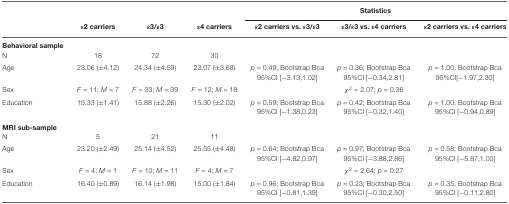
|  |  |  |  | <COLSPAN=3> Statistics |
 |  | ε2 carriers | ε3/ε3 | ε4 carriers | ε2 carriers vs. ε3/ε3 | ε3/ε3 vs. ε4 carriers | ε2 carriers vs. ε4 carriers |
 | --- | --- | --- | --- | --- | --- | --- |
 | Behavioral sample |
 | N | 18 | 72 | 30 |
 | Age | 23.06 (±4.12) | 24.34 (±4.59) | 23.07 (±3.68) | p = 0.49; Bootstrap Bca 95%CI [−3.13,1.02] | p = 0.36; Bootstrap Bca 95%CI [−0.34,2.81] | p = 1.00; Bootstrap Bca 95%CI[−1.97,2.30] |
 | Sex | F = 11; M = 7 | F = 33; M = 39 | F = 12; M = 18 |  | χ2 = 2.07; p = 0.36 |  |
 | Education | 15.33 (±1.41) | 15.88 (±2.26) | 15.30 (±2.02) | p = 0.59; Bootstrap Bca 95%CI [−1.38,0.23] | p = 0.42; Bootstrap Bca 95%CI [−0.32,1.40 | p = 1.00; Bootstrap Bca 95%CI [−0.94,0.89] |
 | MRI sub-sample |
 | N | 5 | 21 | 11 |
 | Age | 23.20 (±2.49) | 25.14 (±4.52) | 25.55 (±4.48) | p = 0.64; Bootstrap Bca 95%CI [−4.82,0.97] | p = 0.97; Bootstrap Bca 95%CI [−3.88,2.86] | p = 0.58; Bootstrap Bca 95%CI [−5.87,1.00] |
 | Sex | F = 4; M = 1 | F = 10; M = 11 | F = 4; M = 7 |  | χ2 = 2.64; p = 0.27 |  |
 | Education | 16.40 (±0.89) | 16.14 (±1.98) | 15.00 (±1.84) | p = 0.96; Bootstrap Bca 95%CI [−0.81,1.39] | p = 0.23; Bootstrap Bca 95%CI [−0.30,2.50] | p = 0.35; Bootstrap Bca 95%CI [−0.11,2.80] |